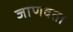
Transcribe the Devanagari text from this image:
जाणवता